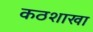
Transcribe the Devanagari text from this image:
कठशाखा